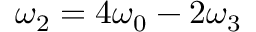
\omega _ { 2 } = 4 \omega _ { 0 } - 2 \omega _ { 3 }